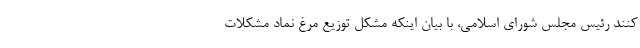
کنند رئیس مجلس شورای اسلامی، با بیان اینکه مشکل توزیع مرغ نماد مشکلات